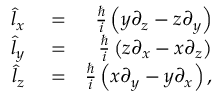
\begin{array} { r l r } { \hat { l } _ { x } } & { { } = } & { \frac { \hbar } { i } \left( y \partial _ { z } - z \partial _ { y } \right) } \\ { \hat { l } _ { y } } & { { } = } & { \frac { \hbar } { i } \left( z \partial _ { x } - x \partial _ { z } \right) } \\ { \hat { l } _ { z } } & { { } = } & { \frac { \hbar } { i } \left( x \partial _ { y } - y \partial _ { x } \right) , } \end{array}